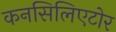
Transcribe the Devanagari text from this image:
कनसिलिएटोर